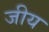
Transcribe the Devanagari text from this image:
जीय